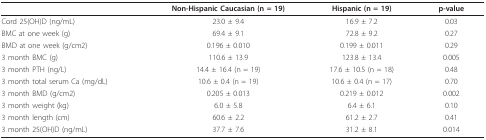
<table><thead><tr><td></td><td><b>Non-Hispanic Caucasian (n = 19)</b></td><td><b>Hispanic (n = 19)</b></td><td><b>p-value</b></td></tr></thead><tbody><tr><td>Cord 25(OH)D (ng/mL)</td><td>23.0 ± 9.4</td><td>16.9 ± 7.2</td><td>0.03</td></tr><tr><td>BMC at one week (g)</td><td>69.4 ± 9.1</td><td>72.8 ± 9.2</td><td>0.27</td></tr><tr><td>BMD at one week (g/cm2)</td><td>0.196 ± 0.010</td><td>0.199 ± 0.011</td><td>0.29</td></tr><tr><td>3 month BMC (g)</td><td>110.6 ± 13.9</td><td>123.8 ± 13.4</td><td>0.005</td></tr><tr><td>3 month PTH (ng/L)</td><td>14.4 ± 16.4 (n = 19)</td><td>17.6 ± 10.5 (n = 18)</td><td>0.48</td></tr><tr><td>3 month total serum Ca (mg/dL)</td><td>10.6 ± 0.4 (n = 19)</td><td>10.6 ± 0.4 (n = 17)</td><td>0.70</td></tr><tr><td>3 month BMD (g/cm2)</td><td>0.205 ± 0.013</td><td>0.219 ± 0.012</td><td>0.002</td></tr><tr><td>3 month weight (kg)</td><td>6.0 ± 5.8</td><td>6.4 ± 6.1</td><td>0.10</td></tr><tr><td>3 month length (cm)</td><td>60.6 ± 2.2</td><td>61.2 ± 2.7</td><td>0.41</td></tr><tr><td>3 month 25(OH)D (ng/mL)</td><td>37.7 ± 7.6</td><td>31.2 ± 8.1</td><td>0.014</td></tr></tbody></table>